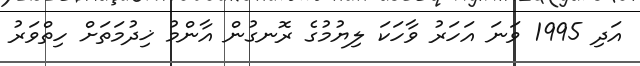
އަދި 1995 ވަނަ އަހަރު ވާހަކަ ލިޔުމުގެ ރޮނގުން އާންމު ޚިދުމަތަށް ހިތްވަރު